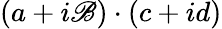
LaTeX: \left(a+i\mathscr{B}\right)\cdot\left(c+id\right)